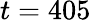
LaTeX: t=405